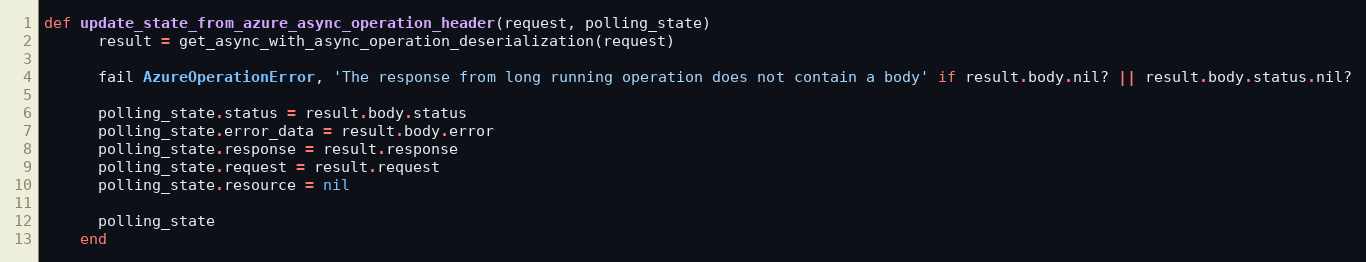
Language: Ruby
def update_state_from_azure_async_operation_header(request, polling_state)
      result = get_async_with_async_operation_deserialization(request)

      fail AzureOperationError, 'The response from long running operation does not contain a body' if result.body.nil? || result.body.status.nil?

      polling_state.status = result.body.status
      polling_state.error_data = result.body.error
      polling_state.response = result.response
      polling_state.request = result.request
      polling_state.resource = nil

      polling_state
    end